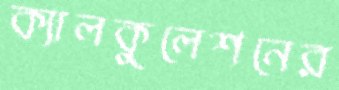
ক্যালকুলেশনের